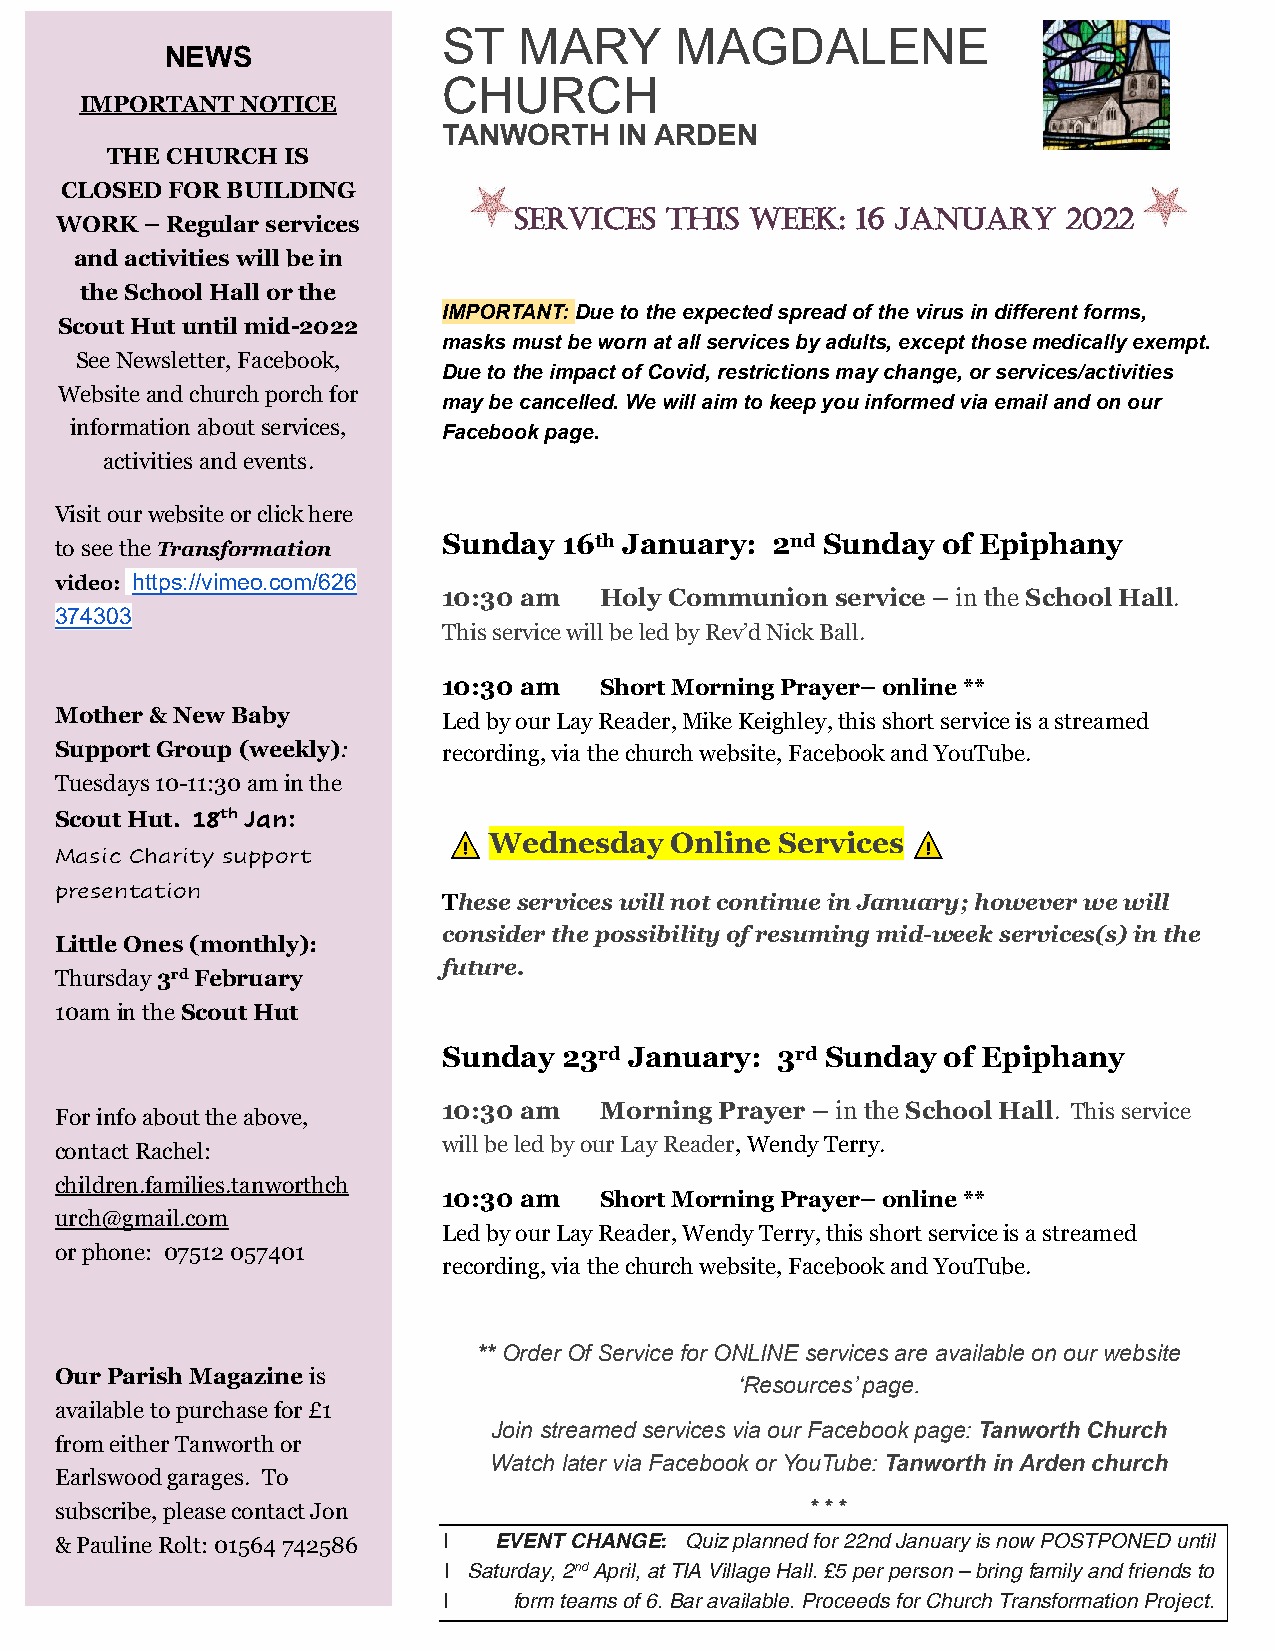
ST   MARY       MAGDALENE
 NEWS
 CHURCH
 IMPORTANT  NOTICE
 TANWORTH    IN ARDEN
 THE CHURCH  IS
 CLOSED FOR BUILDING
 SERVICES  THIS  WEEK:  16 JANUARY    2022
 WORK  – Regular services
 and activities will be in
 the School Hall or the
 IMPORTANT: Due to the expected spread of the virus in different forms,
 Scout Hut until mid-2022
 masks must be worn at all services by adults, except those medically exempt.
 See Newsletter, Facebook,
 Due to the impact of Covid, restrictions may change, or services/activities
 Website and church porch for
 may be cancelled. We will aim to keep you informed via email and on our
 information about services, Facebook page.
 activities and events.
 Visit our website or click here
 to see the Transformation
 Sunday  16th January: 2nd Sunday of Epiphany
 video: https://vimeo.com/626
 10:30 am   Holy Communion service – in the School Hall.
 374303
 This service will be led by Rev’d Nick Ball.
 10:30 am   Short Morning Prayer– online **
 Mother & New Baby        Led by our Lay Reader, Mike Keighley, this short service is a streamed
 Support Group (weekly):  recording, via the church website, Facebook and YouTube.
 Tuesdays 10-11:30 am in the
 Scout Hut. 18th Jan:
 Wednesday   Online  Services
 Masic Charity support
 presentation
 These services will not continue in January; however we will
 consider the possibility of resuming mid-week services(s) in the
 Little Ones (monthly):
 future.
 Thursday 3rd February
 10am in the Scout Hut
 Sunday  23rd January: 3rd Sunday of Epiphany
 For info about the above, 10:30 am  Morning Prayer – in the School Hall. This service
 contact Rachel:          will be led by our Lay Reader, Wendy Terry.
 children.families.tanworthch
 10:30 am   Short Morning Prayer– online **
 urch@gmail.com
 Led by our Lay Reader, Wendy Terry, this short service is a streamed
 or phone: 07512 057401
 recording, via the church website, Facebook and YouTube.
 ** Order Of Service for ONLINE services are available on our website
 Our Parish Magazine is
 ‘Resources’ page.
 available to purchase for £1
 Join streamed services via our Facebook page: Tanworth Church
 from either Tanworth or
 Watch later via Facebook or YouTube: Tanworth in Arden church
 Earlswood garages. To
 subscribe, please contact Jon                     * * *
 & Pauline Rolt: 01564 742586 I EVENT CHANGE: Quiz planned for 22nd January is now POSTPONED until
 I Saturday, 2nd April, at TIA Village Hall. £5 per person – bring family and friends to
 I    form teams of 6. Bar available. Proceeds for Church Transformation Project.